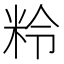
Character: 𥹕